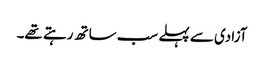
آزادی سے پہلے سب ساتھ رہتے تھے۔